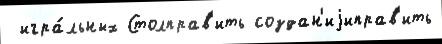
 игра́льных Столправ'ить создан'иjиправ'ить